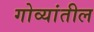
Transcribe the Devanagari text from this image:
गोव्यांतील